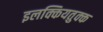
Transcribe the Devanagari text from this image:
इलक्कियतुक्क